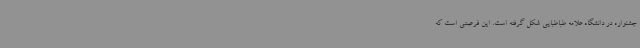
جشنواره در دانشگاه علامه طباطبایی شکل گرفته است. این فرصتی است که